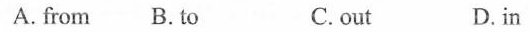
A.from B.to C. out D.in